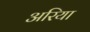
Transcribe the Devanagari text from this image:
अरिया